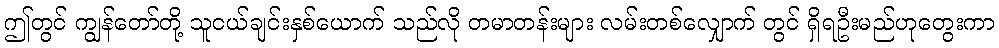
ဤတွင် ကျွန်တော်တို့ သူငယ်ချင်းနှစ်ယောက် သည်လို တမာတန်းများ လမ်းတစ်လျှောက် တွင် ရှိရဦးမည်ဟုတွေးကာ